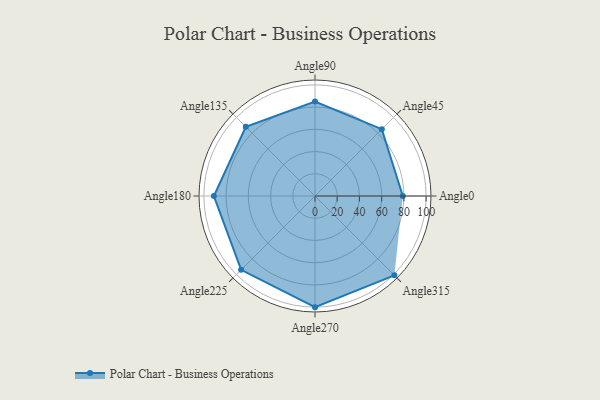
{"axis": {"x": "Angle", "y": "Radius"}, "legend": [""], "data": [{"x": "Angle0", "y": 79.0, "type": ""}, {"x": "Angle45", "y": 85.0, "type": ""}, {"x": "Angle90", "y": 85.0, "type": ""}, {"x": "Angle135", "y": 88.0, "type": ""}, {"x": "Angle180", "y": 91.0, "type": ""}, {"x": "Angle225", "y": 94.0, "type": ""}, {"x": "Angle270", "y": 100.0, "type": ""}, {"x": "Angle315", "y": 101.0, "type": ""}]}